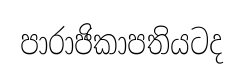
පාරාජිකාපතියටද